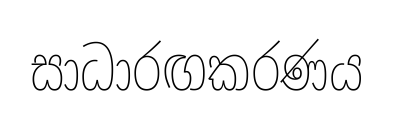
සාධාරඟකරණය